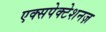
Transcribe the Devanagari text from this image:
एक्सपेक्टेशनज़